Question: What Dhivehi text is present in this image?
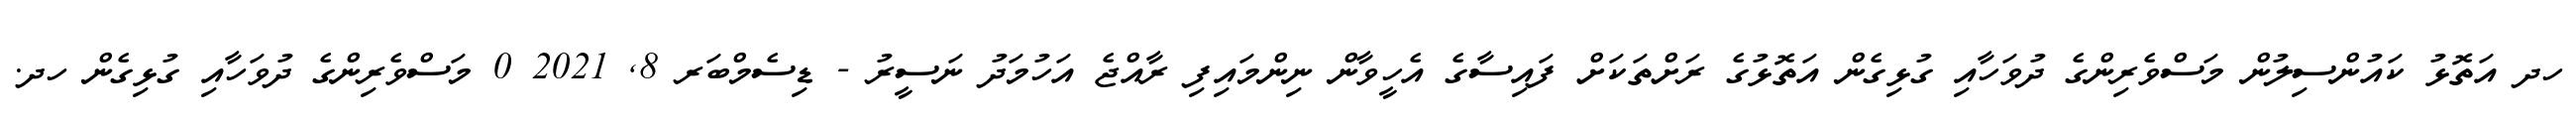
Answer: ހދ އަތޮޅު ކައުންސިލުން މަސްވެރިންގެ ދުވަހާއި ގުޅިގެން އަތޮޅުގެ ރަށްތަކަށް ފައިސާގެ އެހީވާން ނިންމައިފި ރާއްޖެ އަހުމަދު ނަސީރު - ޑިސެމްބަރ 8, 2021 0 މަސްވެރިންގެ ދުވަހާއި ގުޅިގެން ހދ.